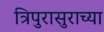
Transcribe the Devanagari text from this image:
त्रिपुरासुराच्या